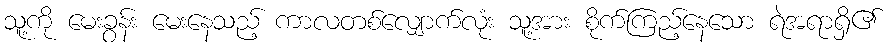
သူ့ကို မေးခွန်း မေးနေသည့် ကာလတစ်လျှောက်လုံး သူ့အား စိုက်ကြည့်နေသော ရဲအရာရှိ၏